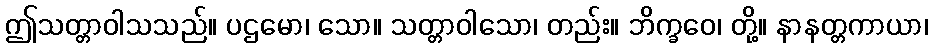
ဤသတ္တာဝါသသည်။ ပဌမော၊ သော။ သတ္တာဝါသော၊ တည်း။ ဘိက္ခဝေ၊ တို့။ နာနတ္တကာယာ၊